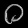
Digit: ၀